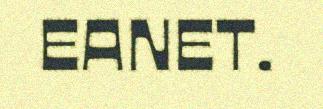
EANET.